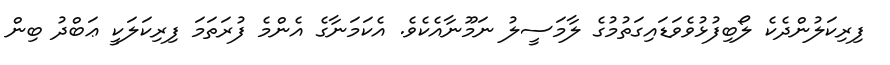
ފިރިކަލުންދެކެ ލޯބިފުޅުވެވަޑައިގަތުމުގެ ލާމަސީލު ނަމޫނާއެކެވެ. އެކަމަނާގެ އެންމެ ފުރަތަމަ ފިރިކަލަކީ ޢަބްދު ބިން